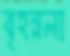
বৃহন্নলা